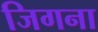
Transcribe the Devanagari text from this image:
जिगना